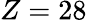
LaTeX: Z=28